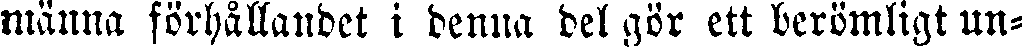
männa förhållandet i denna del gör ett berömligt un-